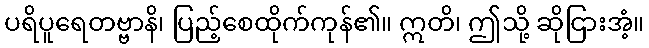
ပရိပူရေတဗ္ဗာနိ၊ ပြည့်စေထိုက်ကုန်၏။ ဣတိ၊ ဤသို့ ဆိုငြားအံ့။